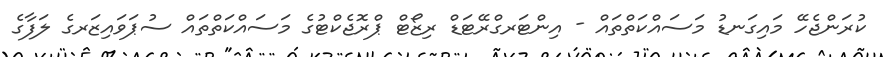
ކުރަންޖެހޭ މައިގަނޑު މަސައްކަތްތައް - އިންޓަރގްރޭޓަޑް ރިޒޯޓް ޕްރޮޖެކްޓުގެ މަސައްކަތްތައް ސުޕަވައިޒަރގެ ލަފާގެ